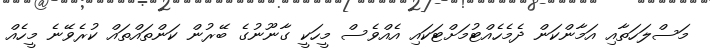
މަސްލަހަތާއި އަމާންކަން ދެމެހެއްޓުމަށްޓަކައި އެއްވެސް މީހަކީ ގާނޫނުގެ ބޭރުން ކަންތައްތައް ކުރެވޭނެ މީހެއް